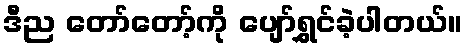
ဒီည တော်တော့်ကို ပျော်ရွှင်ခဲ့ပါတယ်။